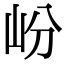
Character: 岎